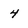
Character: 4